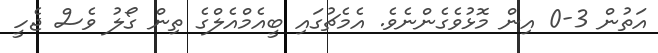
އަތުން 3-0 އިން މޮޅުވެގެންނެވެ. އެމެޗުގައި ބީއެމްއެލްގެ ތިން ގޯލު ވެސް ޖެހީ